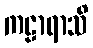
ကဠာရာသိ